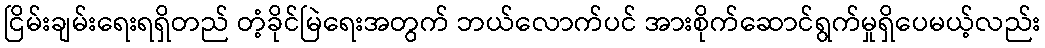
ငြိမ်းချမ်းရေးရရှိတည် တံ့ခိုင်မြဲရေးအတွက် ဘယ်လောက်ပင် အားစိုက်ဆောင်ရွက်မှုရှိပေမယ့်လည်း